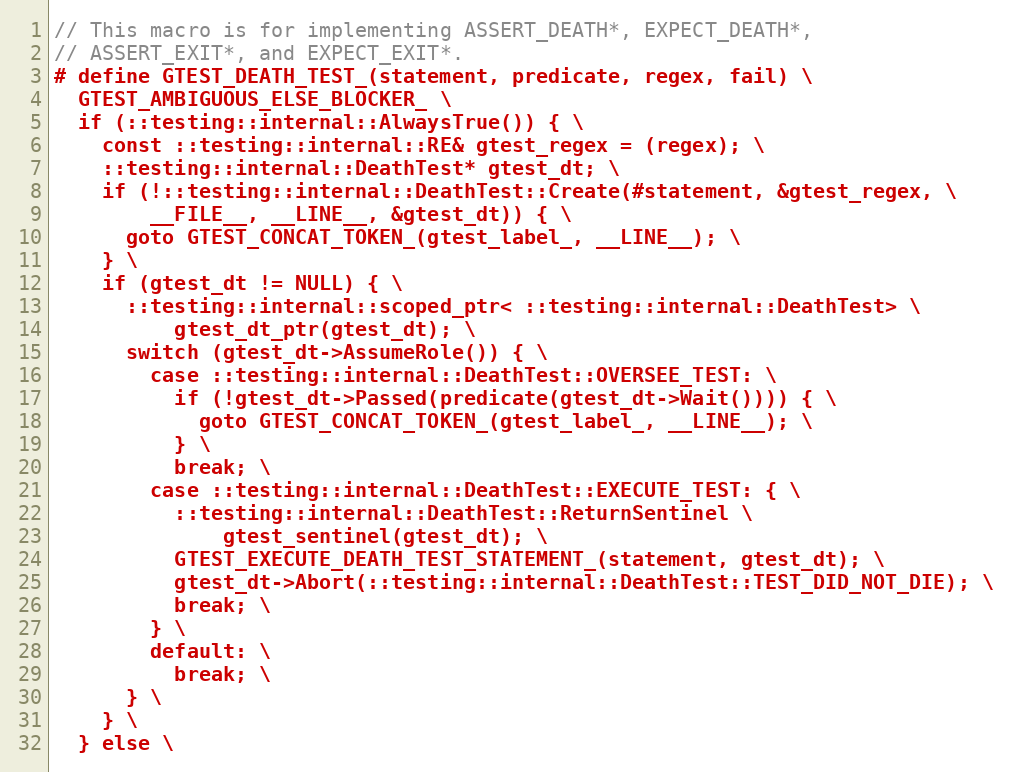
Language: C
// This macro is for implementing ASSERT_DEATH*, EXPECT_DEATH*,
// ASSERT_EXIT*, and EXPECT_EXIT*.
# define GTEST_DEATH_TEST_(statement, predicate, regex, fail) \
  GTEST_AMBIGUOUS_ELSE_BLOCKER_ \
  if (::testing::internal::AlwaysTrue()) { \
    const ::testing::internal::RE& gtest_regex = (regex); \
    ::testing::internal::DeathTest* gtest_dt; \
    if (!::testing::internal::DeathTest::Create(#statement, &gtest_regex, \
        __FILE__, __LINE__, &gtest_dt)) { \
      goto GTEST_CONCAT_TOKEN_(gtest_label_, __LINE__); \
    } \
    if (gtest_dt != NULL) { \
      ::testing::internal::scoped_ptr< ::testing::internal::DeathTest> \
          gtest_dt_ptr(gtest_dt); \
      switch (gtest_dt->AssumeRole()) { \
        case ::testing::internal::DeathTest::OVERSEE_TEST: \
          if (!gtest_dt->Passed(predicate(gtest_dt->Wait()))) { \
            goto GTEST_CONCAT_TOKEN_(gtest_label_, __LINE__); \
          } \
          break; \
        case ::testing::internal::DeathTest::EXECUTE_TEST: { \
          ::testing::internal::DeathTest::ReturnSentinel \
              gtest_sentinel(gtest_dt); \
          GTEST_EXECUTE_DEATH_TEST_STATEMENT_(statement, gtest_dt); \
          gtest_dt->Abort(::testing::internal::DeathTest::TEST_DID_NOT_DIE); \
          break; \
        } \
        default: \
          break; \
      } \
    } \
  } else \